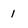
Character: 1